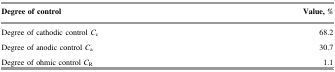
<table><thead><tr><td><b>Degree of control</b></td><td><b>Value, %</b></td></tr></thead><tbody><tr><td>Degree of cathodic control <i>C</i><sub>c</sub></td><td>68.2</td></tr><tr><td>Degree of anodic control <i>C</i><sub>a</sub></td><td>30.7</td></tr><tr><td>Degree of ohmic control <i>C</i><sub>R</sub></td><td>1.1</td></tr></tbody></table>